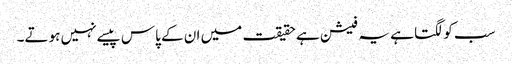
سب کو لگتا ہے یہ فیشن ہے حقیقت میں ان کے پاس پیسے نہیں ہوتے۔